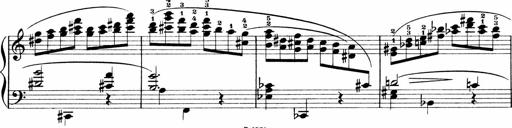
Title: Sonatina No.1
Composer: Otto Stoll
Key: C major